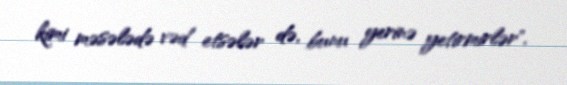
kimi məsələdə vəd etsələr də, bunu yerinə yetirmirlər".